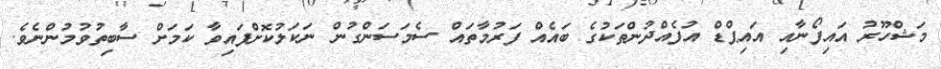
މަޝްހޫރު އައިފޯނާއި އައިޕްޑް އުފެއްދުންތަކުގެ ބައެއް ފަރުމާތައް ސެމަސަންގުން ނަކަލުކޮށްފައިވާ ކަމަށް ސާބިތުވުމުންނެވެ.